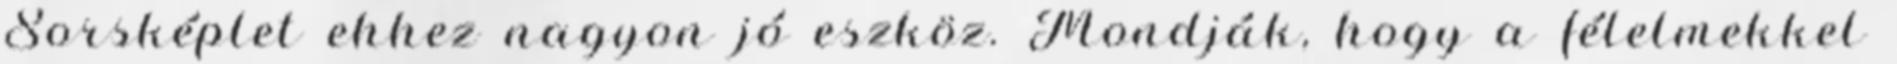
Sorsképlet ehhez nagyon jó eszköz. Mondják, hogy a félelmekkel